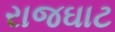
રાજઘાટ